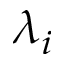
\lambda _ { i }